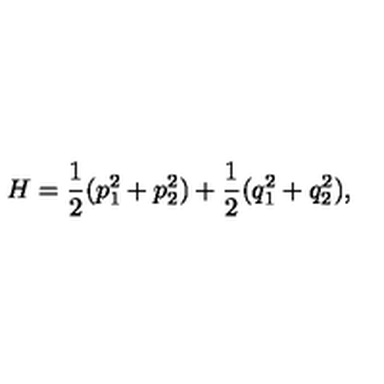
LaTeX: H = \frac { 1 } { 2 } ( p _ { 1 } ^ { 2 } + p _ { 2 } ^ { 2 } ) + \frac { 1 } { 2 } ( q _ { 1 } ^ { 2 } + q _ { 2 } ^ { 2 } ) ,